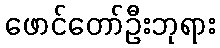
ဖောင်တော်ဦးဘုရား